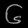
Digit: ၆